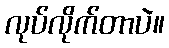
လုပ်လိုက်တာပဲ။